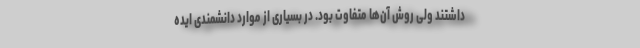
داشتند ولی روش آن‌ها متفاوت بود. در بسیاری از موارد دانشمندی ایده